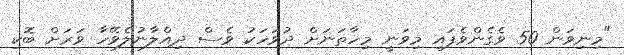
"މިނިވަން 50 ވެގެންވެފައި މިވަނީ މިހާތަނަށް ދުވަހަކު ވެސް ދިއްލާނުލެވޭހާ ވަރަށް ބޮކި